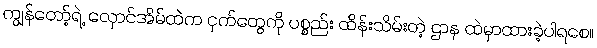
ကျွန်တော့်ရဲ့ လှောင်အိမ်ထဲက ငှက်တွေကို ပစ္စည်း ထိန်းသိမ်းတဲ့ ဌာန ထဲမှာထားခဲ့ပါရစေ။